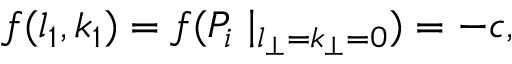
f ( l _ { 1 } , k _ { 1 } ) = f ( P _ { i } \mid _ { l _ { \perp } = k _ { \perp } = 0 } ) = - c ,